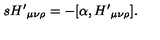
s { H ^ { \prime } } _ { \mu \nu \rho } = - [ \alpha , { H ^ { \prime } } _ { \mu \nu \rho } ] .